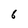
Character: 6